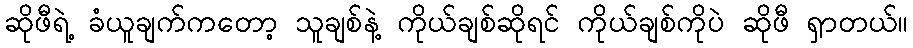
ဆိုဖီရဲ့ ခံယူချက်ကတော့ သူချစ်နဲ့ ကိုယ်ချစ်ဆိုရင် ကိုယ်ချစ်ကိုပဲ ဆိုဖီ ရှာတယ်။